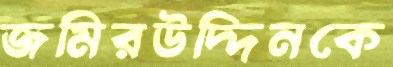
জমিরউদ্দিনকে